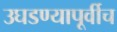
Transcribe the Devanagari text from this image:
उघडण्यापूर्वीच